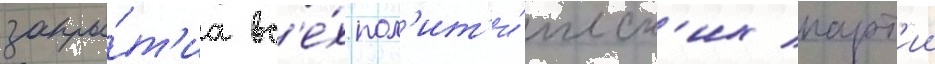
закры́т'иа вс'е́х пол'ит'и́ческ'их парт'ии